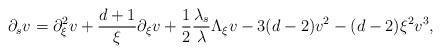
LaTeX: \begin{align*} \partial_s v = \partial_{\xi}^2 v + \frac{d+1}{\xi} \partial_\xi v +\frac{1}{2}\frac{\lambda_s}{\lambda} \Lambda_\xi v - 3(d-2) v^2 - (d-2) \xi^2 v^3,\end{align*}